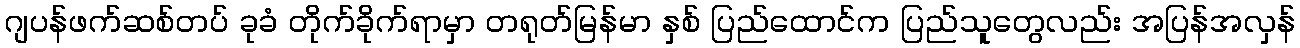
ဂျပန်ဖက်ဆစ်တပ် ခုခံ တိုက်ခိုက်ရာမှာ တရုတ်မြန်မာ နှစ် ပြည်ထောင်က ပြည်သူတွေလည်း အပြန်အလှန်